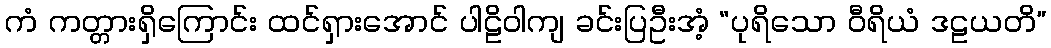
ကံ ကတ္တားရှိကြောင်း ထင်ရှားအောင် ပါဠိဝါကျ ခင်းပြဦးအံ့ “ပုရိသော ဝီရိယံ ဒဠယတိ”